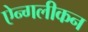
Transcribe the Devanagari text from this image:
ऐन्गलीकन